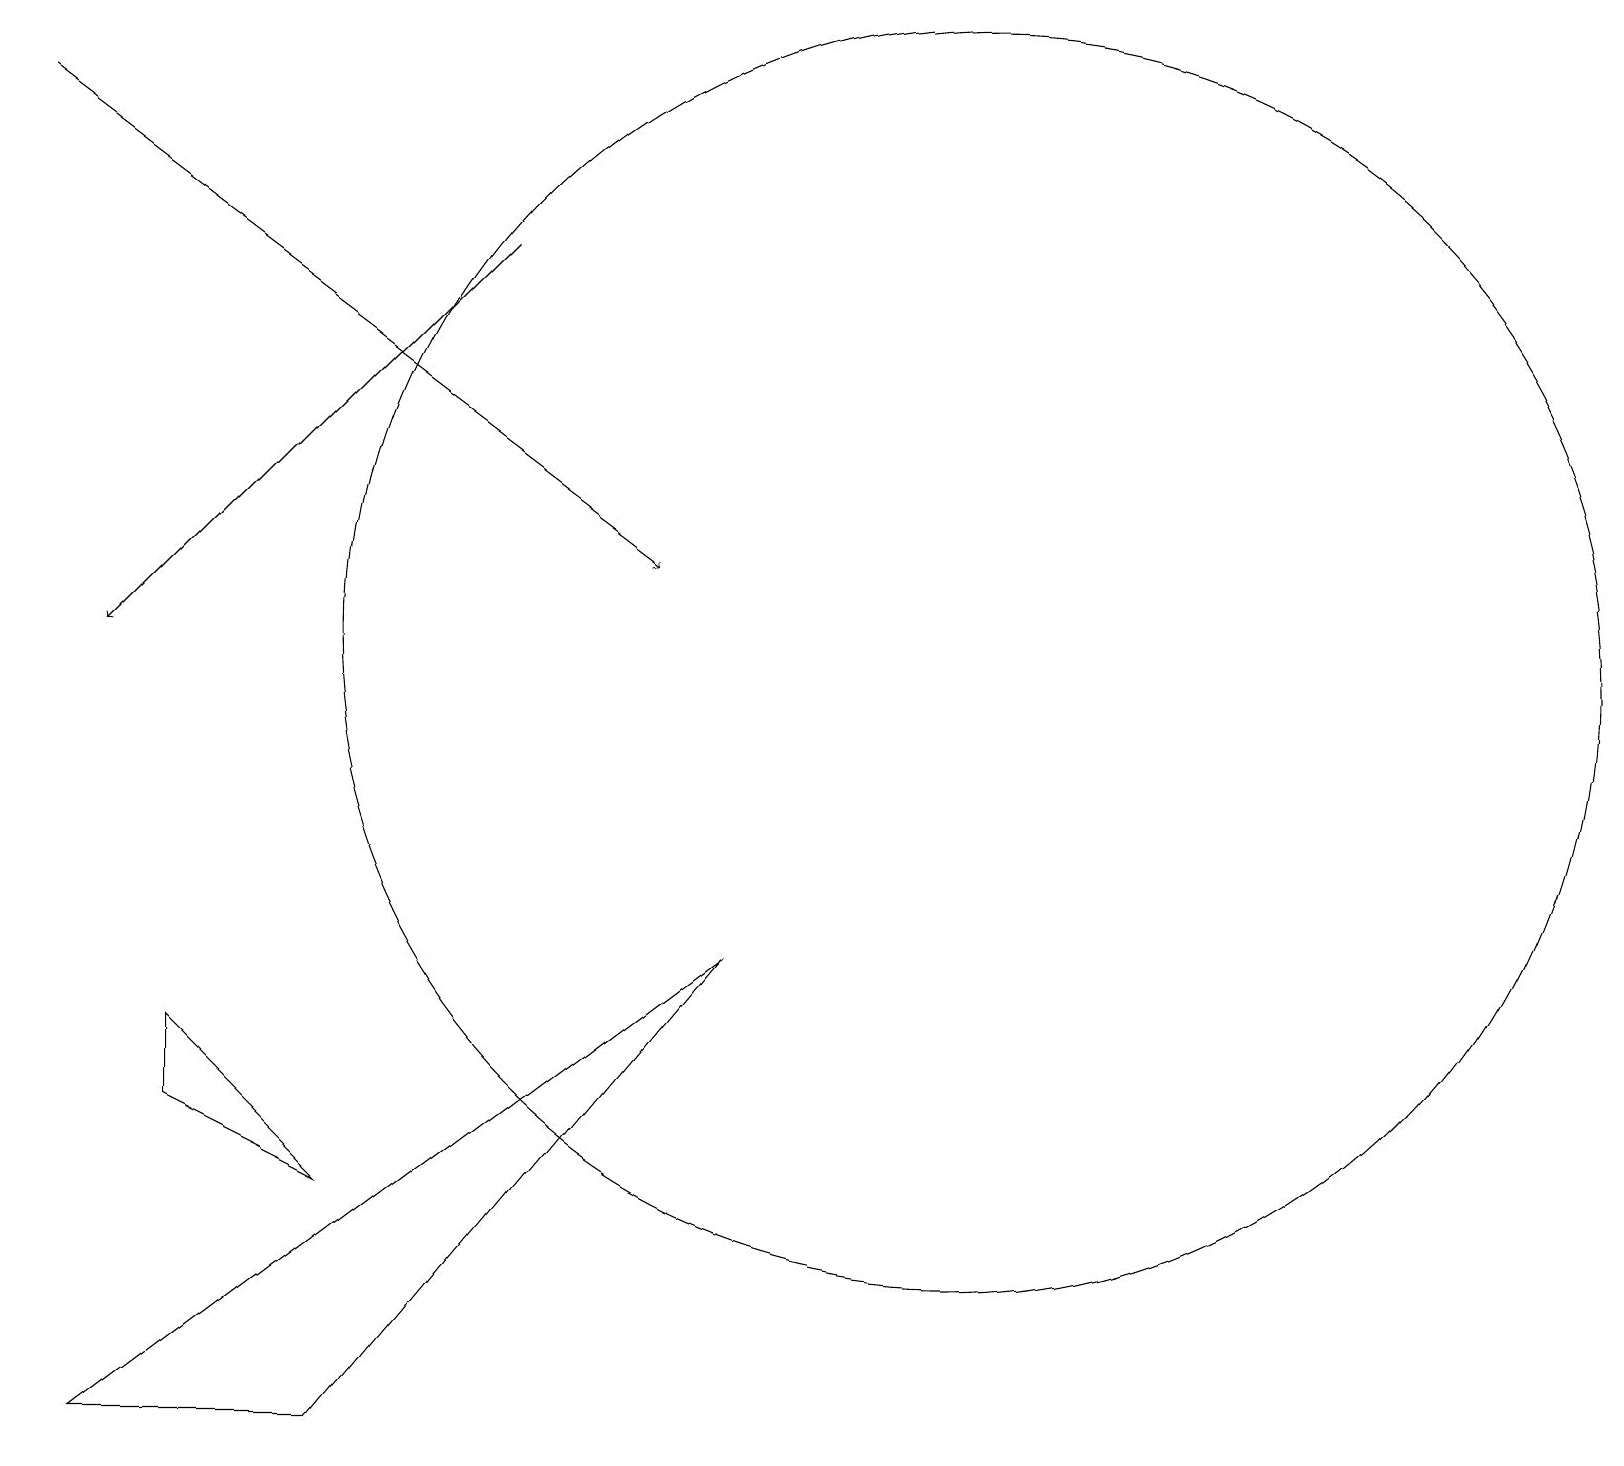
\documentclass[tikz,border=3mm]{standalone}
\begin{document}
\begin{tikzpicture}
\draw (1,0) -- (9,6) -- (4,0) -- cycle;
\draw (2,4) -- (4,3) -- (2,5) -- cycle;
\draw[->] (0,17) -- (8,11);
\draw[->] (6,15) -- (1,10);
\draw (12,10) circle (8);
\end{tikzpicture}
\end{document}